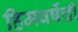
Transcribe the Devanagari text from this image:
हिमवर्षेची